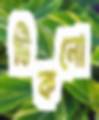
টিকনো